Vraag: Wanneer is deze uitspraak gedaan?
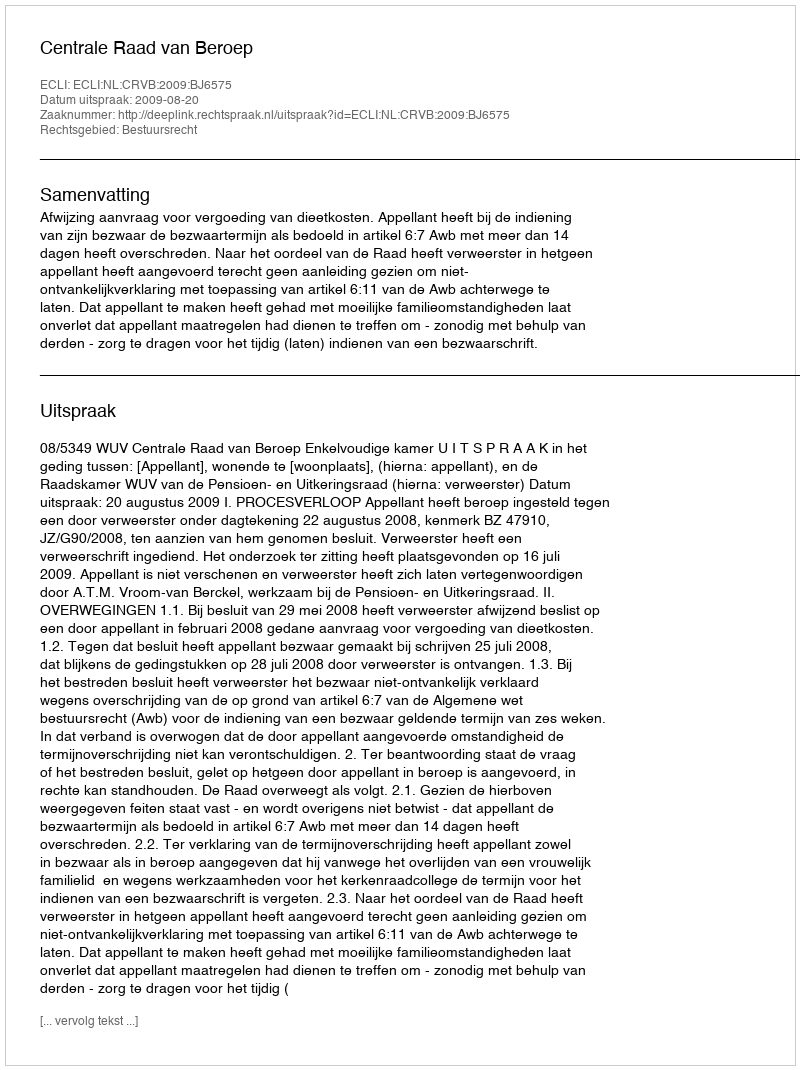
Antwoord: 2009-08-20